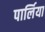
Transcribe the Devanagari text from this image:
पार्लिया